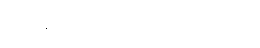
အရေးအခင်းပေါ်လာသည်။